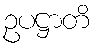
ဥပဋ္ဌာတိ